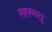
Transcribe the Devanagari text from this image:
सहस्त्रातु